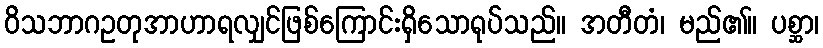
ဝိသဘာဂဥတုအာဟာရလျှင်ဖြစ်ကြောင်းရှိသောရုပ်သည်။ အတီတံ၊ မည်၏။ ပစ္ဆာ၊